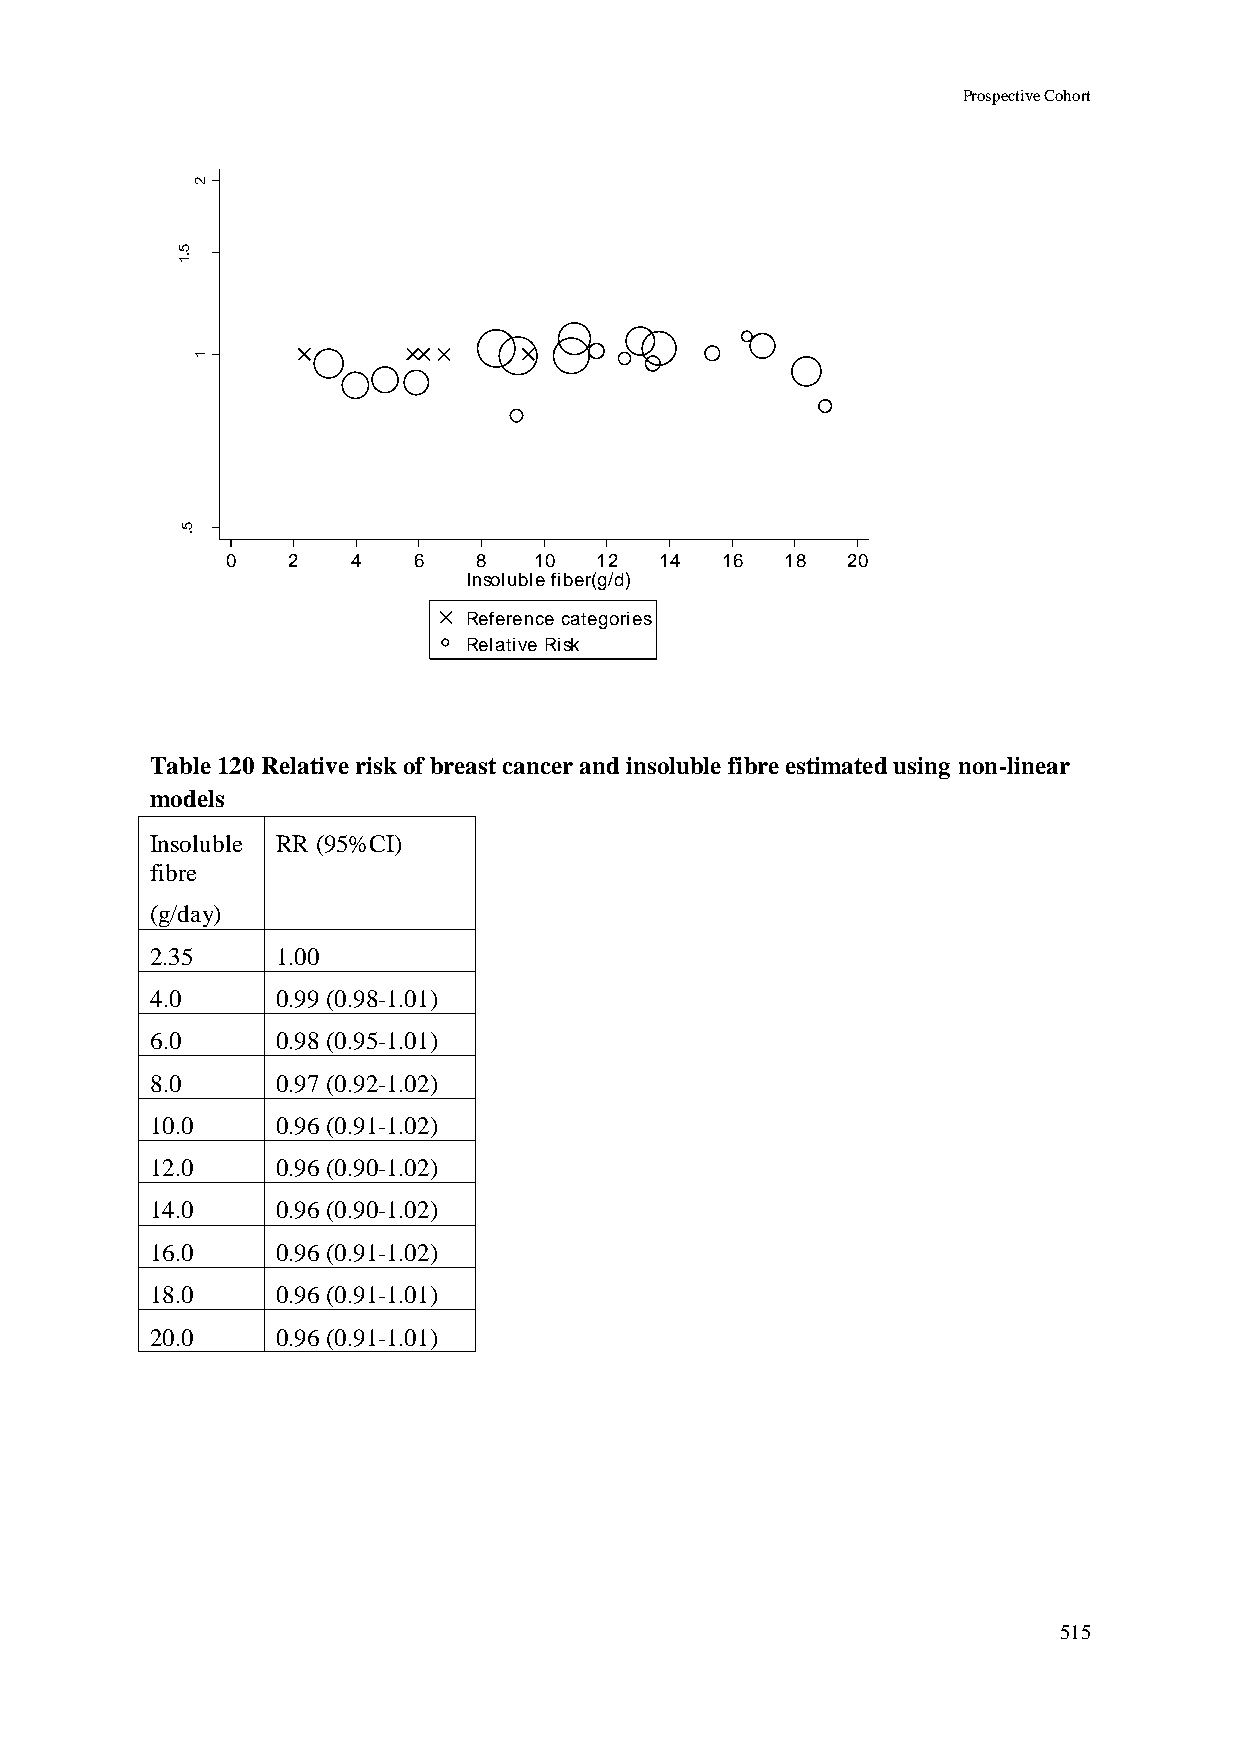
Prospective Cohort
 2
 5
 .1
 R
 R
 d
 e
 ta         1
 m
 its
 E
 5
 .
 0   2   4   6    8  10  12   14  16  18  20
 Insoluble fiber(g/d)
 Reference categories
 Relative Risk
 Table 120 Relative risk of breast cancer and insoluble fibre estimated using non-linear
 models
 Insoluble RR (95%CI)
 fibre
 (g/day)
 2.35    1.00
 4.0     0.99 (0.98-1.01)
 6.0     0.98 (0.95-1.01)
 8.0     0.97 (0.92-1.02)
 10.0    0.96 (0.91-1.02)
 12.0    0.96 (0.90-1.02)
 14.0    0.96 (0.90-1.02)
 16.0    0.96 (0.91-1.02)
 18.0    0.96 (0.91-1.01)
 20.0    0.96 (0.91-1.01)
 515